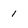
Character: 1